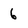
Character: 6